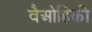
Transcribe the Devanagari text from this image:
वैओहिकी